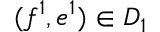
( f ^ { 1 } , e ^ { 1 } ) \in D _ { 1 }